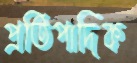
প্রতিপাদিক